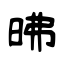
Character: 昲